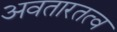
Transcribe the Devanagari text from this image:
अवतारतत्व